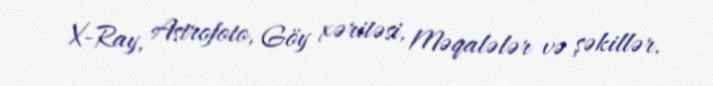
X-Ray, Astrofoto, Göy xəritəsi, Məqalələr və şəkillər.